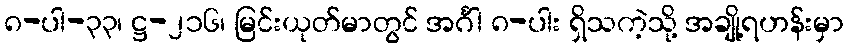
၈-ပါ-၃၃၊ ဋ္ဌ-၂၁၆၊ မြင်းယုတ်မာတွင် အင်္ဂါ ၈-ပါး ရှိသကဲ့သို့ အချို့ရဟန်းမှာ